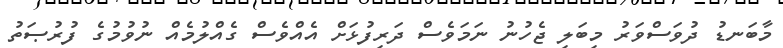
މާބަނޑު ދުވަސްވަރު މިބަލި ޖެހުނު ނަމަވެސް ދަރިފުޅަށް އެއްވެސް ގެއްލުމެއް ނުވުމުގެ ފުރުޞަތު